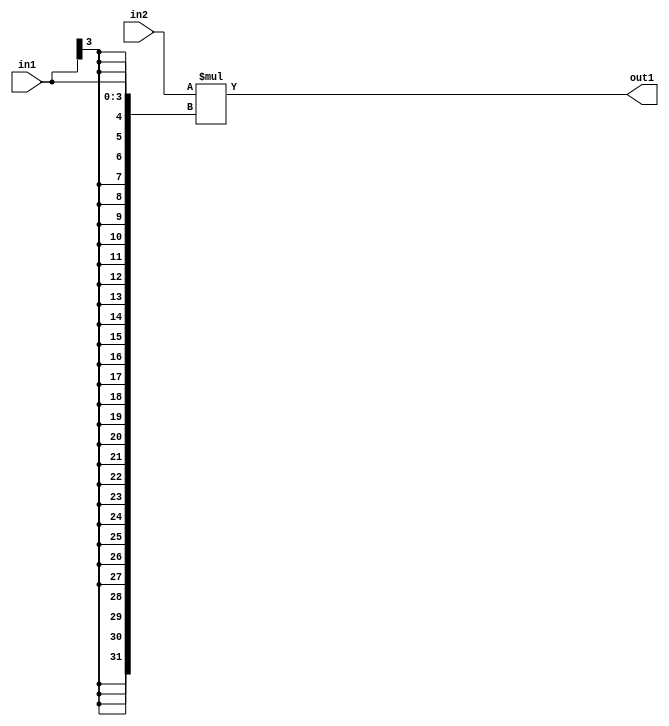
`timescale 1ps / 1ps
/*****************************************************************************
    Verilog RTL Description
    
    
    Created by: Stratus DpOpt 21.05.01 
*******************************************************************************/

module SobelFilter_Mul_32Ux4S_32S_4 (
	in2,
	in1,
	out1
	); /* architecture "behavioural" */ 
input [31:0] in2;
input [3:0] in1;
output [31:0] out1;
wire [31:0] asc001;

assign asc001 = 
	+(in2 * {{28{in1[3]}}, in1});

assign out1 = asc001;
endmodule

/* CADENCE  ubPxTg4= : u9/ySxbfrwZIxEzHVQQV8Q== ** DO NOT EDIT THIS LINE ******/